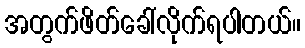
အတွက်ဖိတ်ခေါ်လိုက်ရပါတယ်။